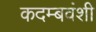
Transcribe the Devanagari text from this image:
कदम्बवंशी